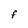
Character: f